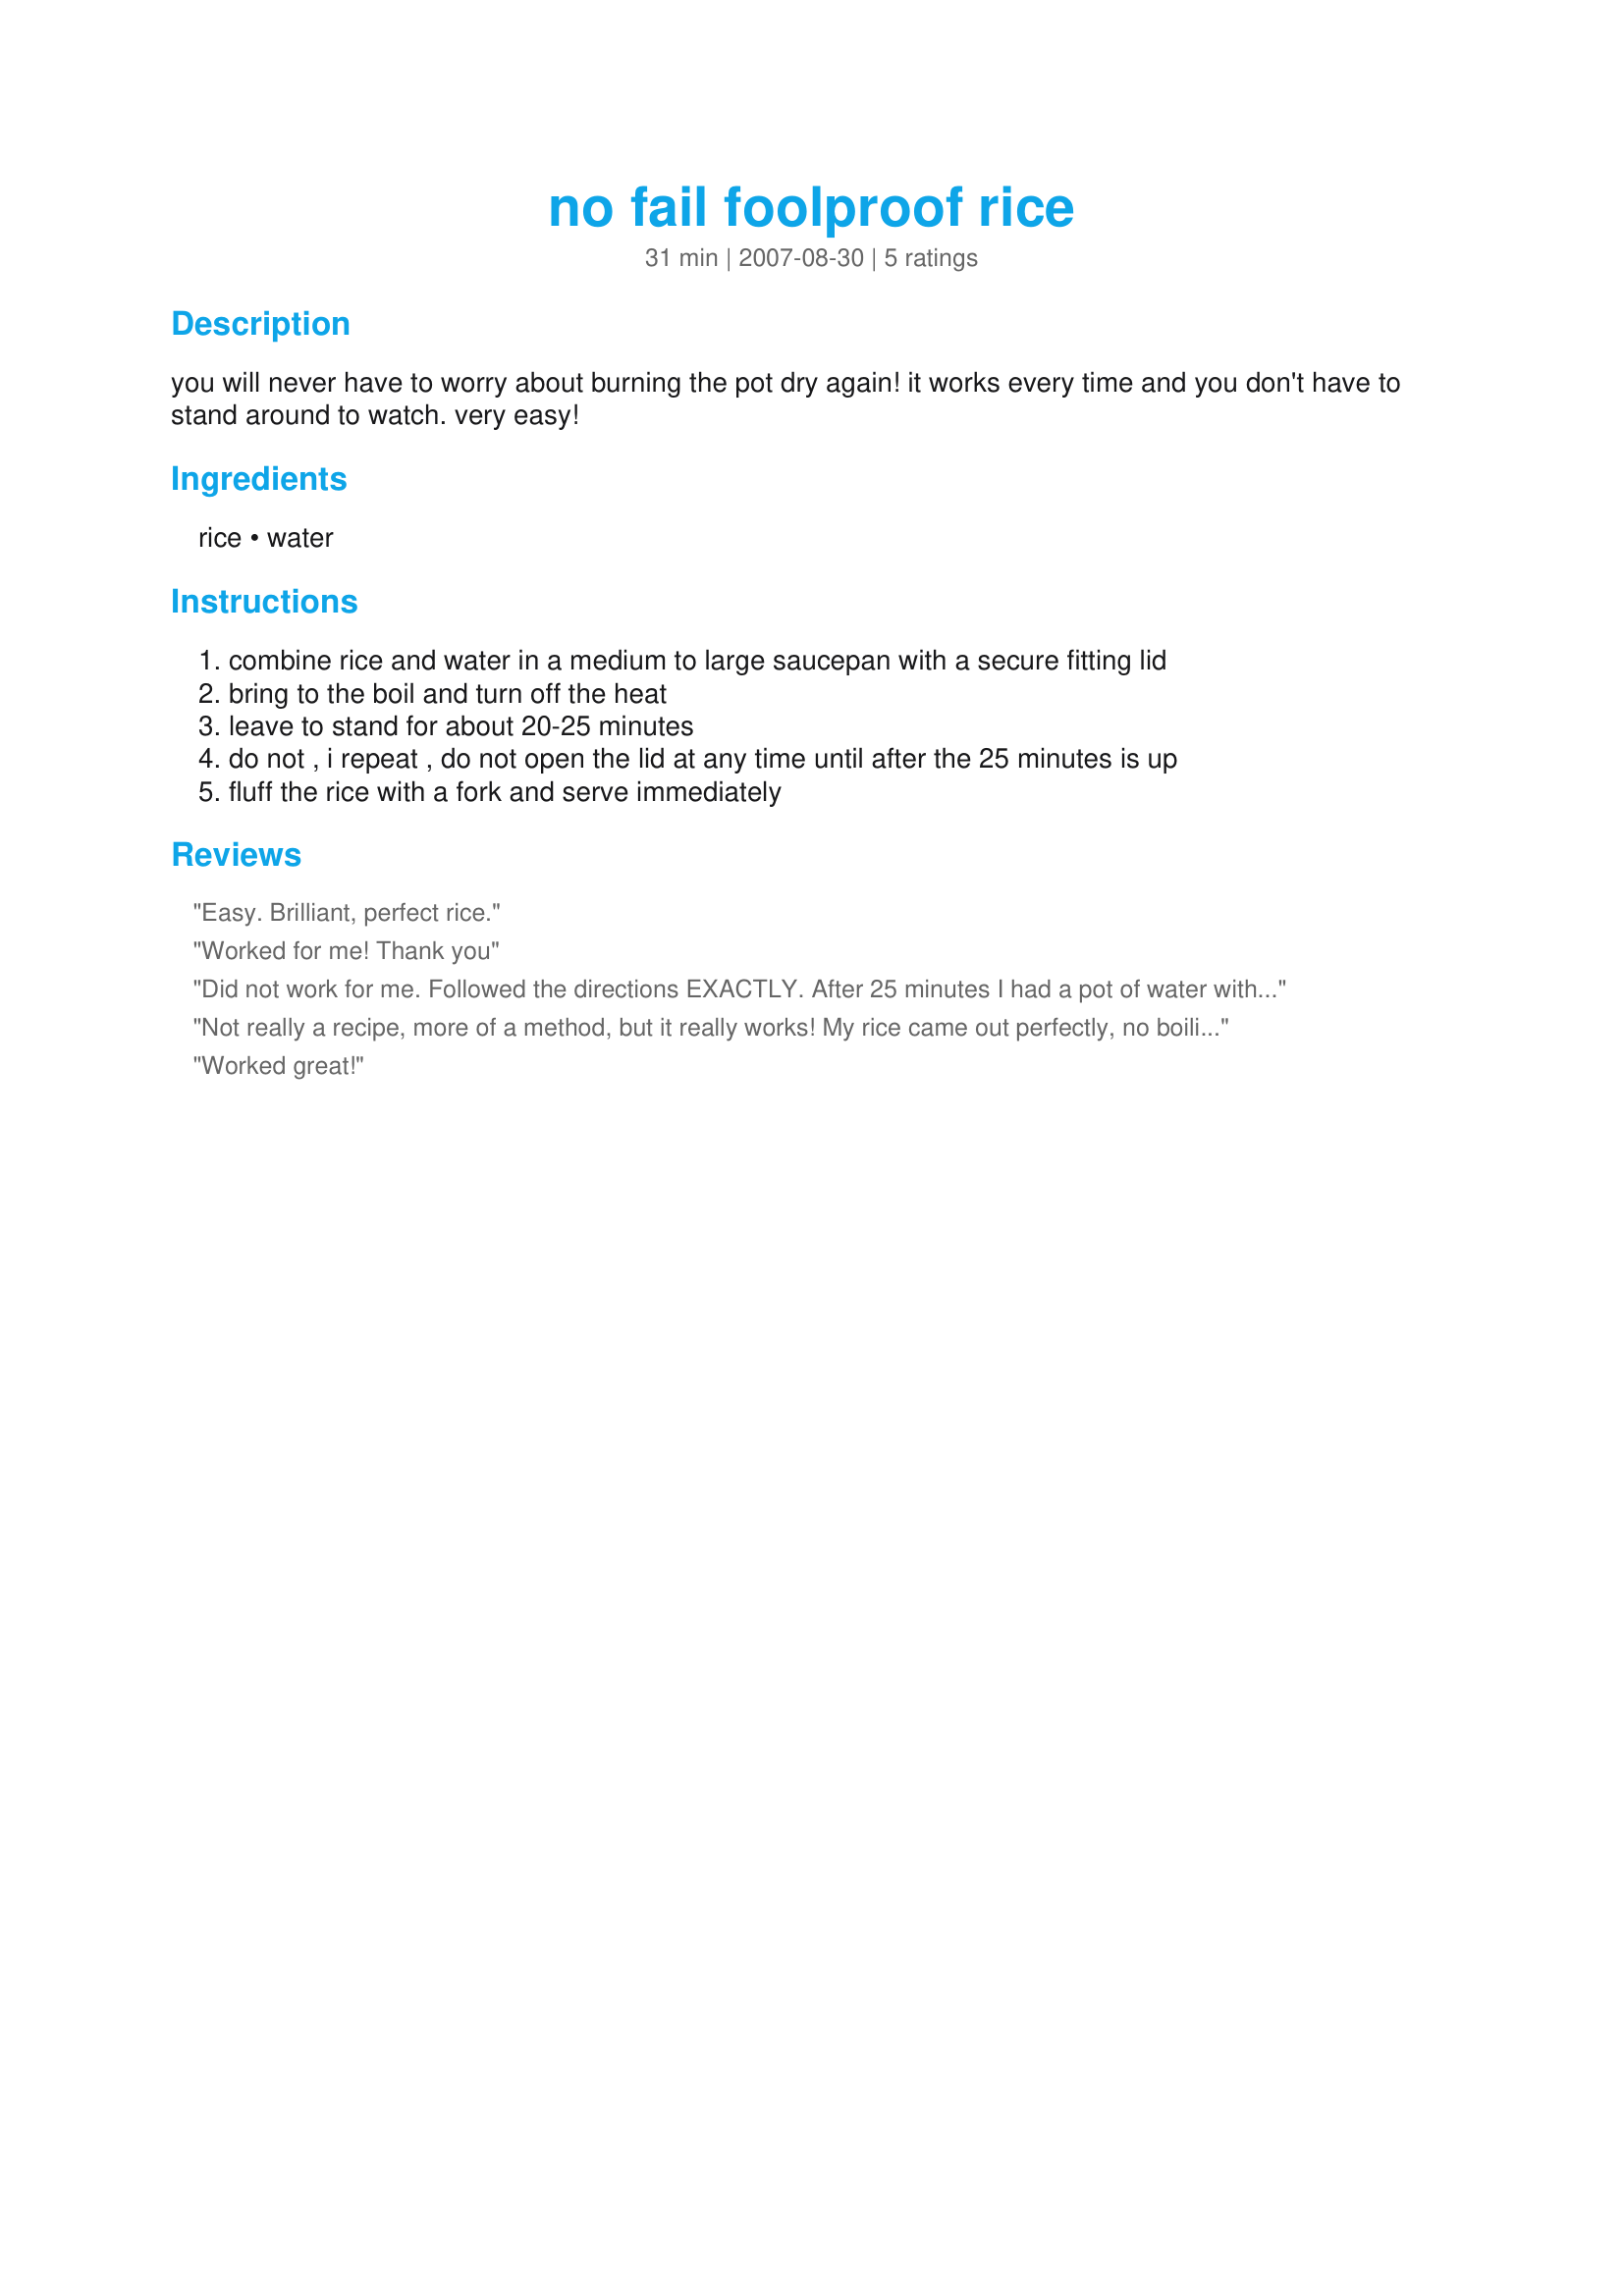
no fail foolproof rice
Preparation time: 31 minutes

you will never have to worry about burning the pot dry again! it works every time and you don't have to stand around to watch. very easy!

Ingredients:
rice, water

Steps:
combine rice and water in a medium to large saucepan with a secure fitting lid
bring to the boil and turn off the heat
leave to stand for about 20-25 minutes
do not , i repeat , do not open the lid at any time until after the 25 minutes is up
fluff the rice with a fork and serve immediately

Reviews:
Easy. Brilliant, perfect rice.
Worked for me! Thank you
Did not work for me. Followed the directions EXACTLY. After 25 minutes I had a pot of water with rice sitting on the bottom. Epic fail.
Not really a recipe, more of a method, but it really works! My rice came out perfectly, no boiling over or burning, and nice fluffy rice. Thanks for sharing your idea!
Worked great!
